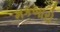
મકબારો